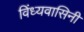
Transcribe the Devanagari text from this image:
विंध्‍यवासिनी